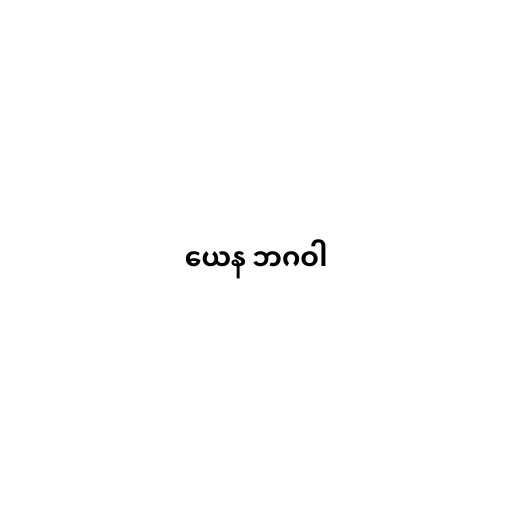
ယေန ဘဂဝါ